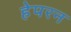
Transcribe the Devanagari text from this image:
हेपरन